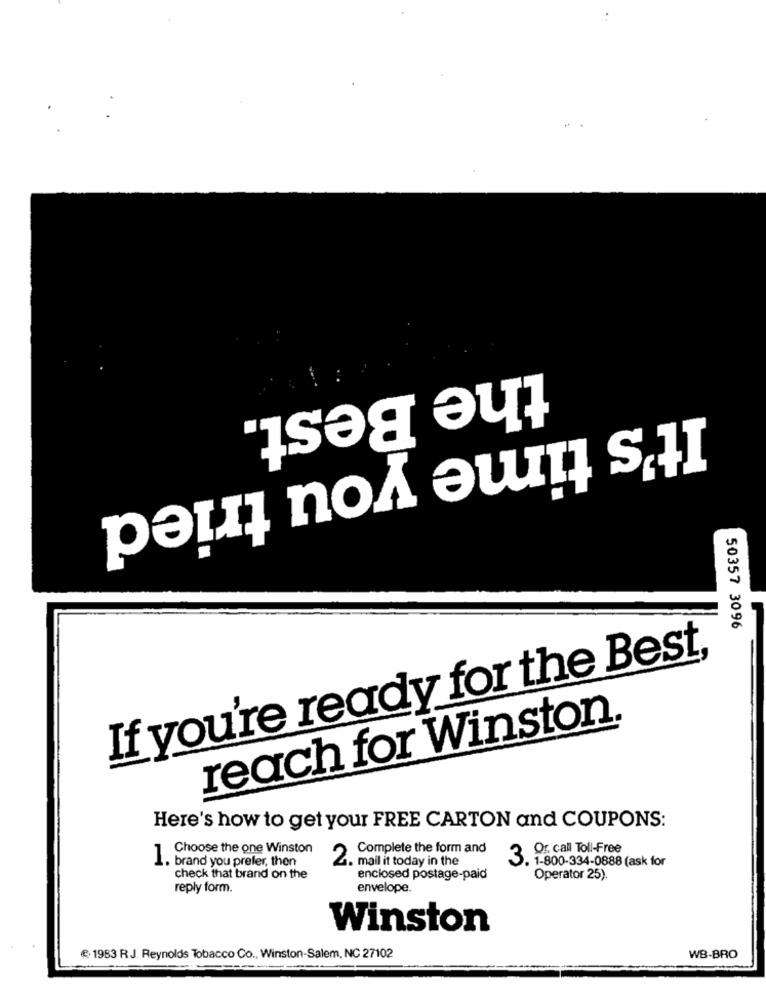
the Best.
It's time you tried
50357 3096
If you're ready for the Best,
reach for Winston.
Here's how to get your FREE CARTON and COUPONS:
Complete the form and
Or. call Toll-Free
1. Choose the one Winston
. brand you prefer, then
4. mail it today in the
3
. 1-800-334-0888 (ask for
check that brand on the
enclosed postage-paid
Operator 25).
reply form.
envelope.
Winston
€ 1983 R.J. Reynolds Tobacco Co ., Winston-Salem, NC 27102
WB-BRO